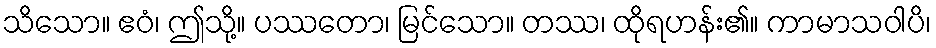
သိသော။ ဧဝံ၊ ဤသို့။ ပဿတော၊ မြင်သော။ တဿ၊ ထိုရဟန်း၏။ ကာမာသဝါပိ၊